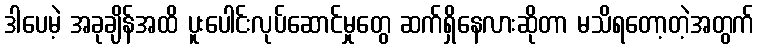
ဒါပေမဲ့ အခုချိန်အထိ ပူးပေါင်းလုပ်ဆောင်မှုတွေ ဆက်ရှိနေလားဆိုတာ မသိရတော့တဲ့အတွက်